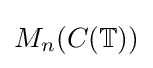
M_{n}(C(\mathbb {T} ))